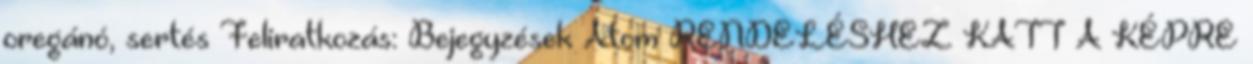
oregánó, sertés Feliratkozás: Bejegyzések Atom RENDELÉSHEZ KATT A KÉPRE